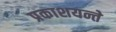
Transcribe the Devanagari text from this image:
प्रकाशयन्ते